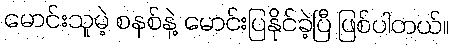
မောင်းသူမဲ့ စနစ်နဲ့ မောင်းပြနိုင်ခဲ့ပြီ ဖြစ်ပါတယ်။